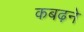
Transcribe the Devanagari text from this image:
कबढ़ने